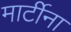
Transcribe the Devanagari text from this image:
मार्टीना